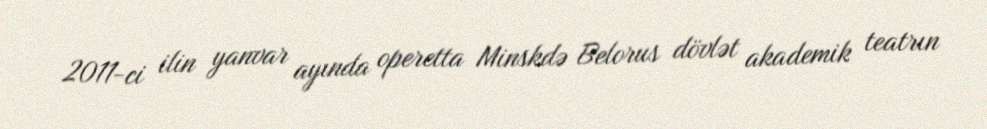
2011-ci ilin yanvar ayında operetta Minskdə Belorus dövlət akademik teatrın